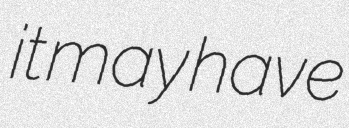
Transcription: it may have